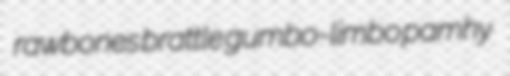
rawbones brattle gumbo-limbo pamhy